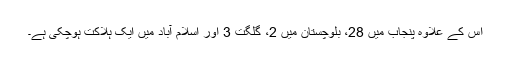
اس کے علاوہ پنجاب میں 28، بلوچستان میں 2، گلگت 3 اور اسلام آباد میں ایک ہلاکت ہوچکی ہے۔